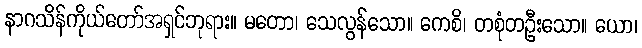
နာဂသိန်ကိုယ်တော်အရှင်ဘုရား။ မတော၊ သေလွန်သော။ ကေစိ၊ တစုံတဦးသော။ ယော၊